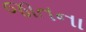
જાતના